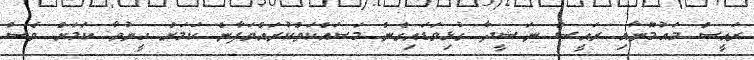
ރައީސް މައުމޫނާއި ރައީސް ނަޝީދާ ގުޅިވަޑައިގެން މަސައްކަތްކުރައްވަފާނެ ކަމަށް ހީނުވާ ކަމަށް ވެސް